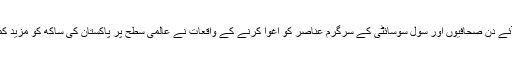
اس کے علاوہ آئے دن صحافیوں اور سول سوسائٹی کے سرگرم عناصر کو اغوا کرنے کے واقعات نے عالمی سطح پر پاکستان کی ساکھ کو مزید کمزرور کیا ہے۔